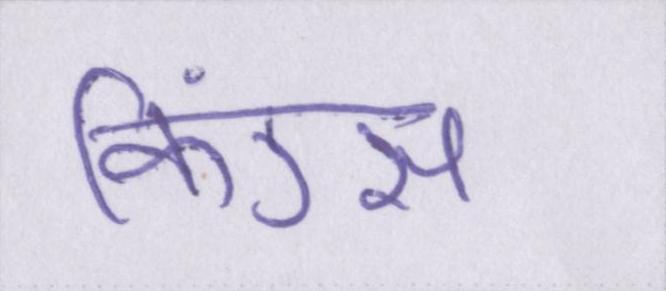
किंग्स